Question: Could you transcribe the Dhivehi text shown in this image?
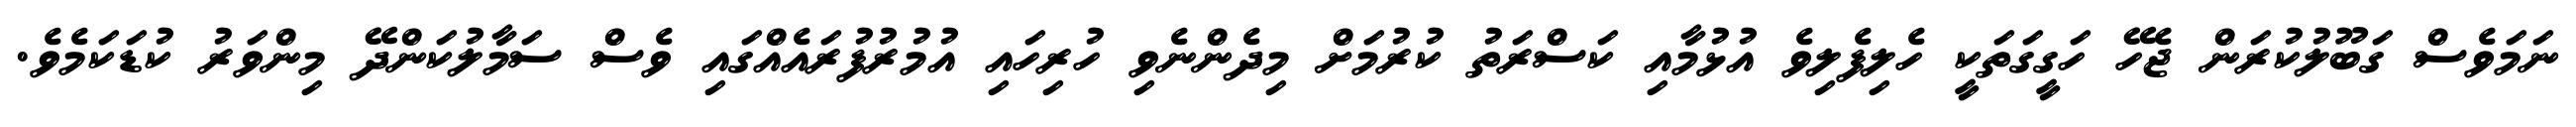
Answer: ނަމަވެސް ގަބޫލުކުރަން ޖެހޭ ހަގީގަތަކީ ހެލިފެލިވެ އުޅުމާއި ކަސްރަތު ކުރުމަށް މިދެންނެވި ހުރިހައި އުމުރުފުރައެއްގައި ވެސް ސަމާލުކަންދޭ މިންވަރު ކުޑަކަމެވެ.